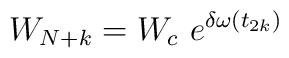
W_{N+k} = W_c\ e^{\delta \omega (t_{2k})}